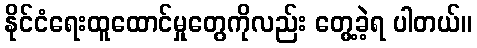
နိုင်ငံရေးထူထောင်မှုတွေကိုလည်း တွေ့ခဲ့ရ ပါတယ်။